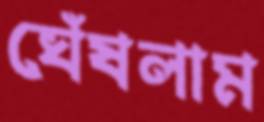
ঘেঁষলাম